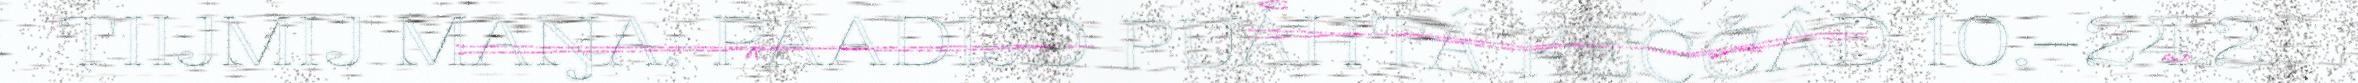
TIIJMIJ MAŊA. PAADIJD PUÁHTÁ KEČČÂĐ 10.–24.2.